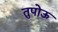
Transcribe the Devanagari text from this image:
तुपोऊ